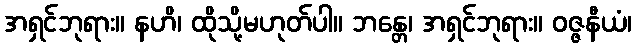
အရှင်ဘုရား။ နဟိ၊ ထိုသို့မဟုတ်ပါ။ ဘန္တေ၊ အရှင်ဘုရား။ ဝဇ္ဇနီယံ၊